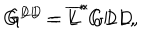
LaTeX: G ^ { D L } = \overline { { { L } } } ^ { * } G D L , \hspace { 0 . 3 i n } G ^ { L D } = \overline { { { L } } } ^ { * } G L D ,